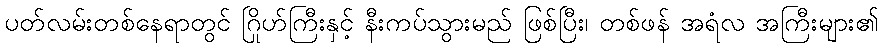
ပတ်လမ်းတစ်နေရာတွင် ဂြိုဟ်ကြီးနှင့် နီးကပ်သွားမည် ဖြစ်ပြီး၊ တစ်ဖန် အရံလ အကြီးများ၏